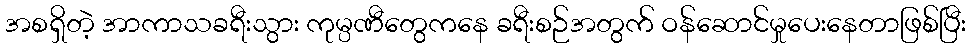
အစရှိတဲ့ အာကာသခရီးသွား ကုမ္ပဏီတွေကနေ ခရီးစဉ်အတွက် ဝန်ဆောင်မှုပေးနေတာဖြစ်ပြီး